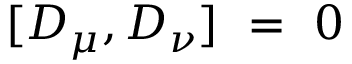
[ D _ { \mu } , D _ { \nu } ] ~ = ~ 0